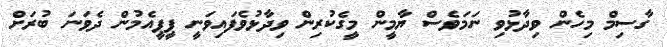
ގާސިމް މިހެން ވިދާޅުވި ނަމަވެސް ޔާމީން މީގެކުރިން ވިދާޅުވެފައިވަނީ ޕީޕީއެމުން ދެވަނަ ބުރަށް